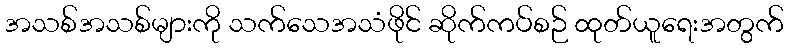
အသစ်အသစ်များကို သက်သေအသံဖိုင် ဆိုက်ကပ်စဉ် ထုတ်ယူရေးအတွက်